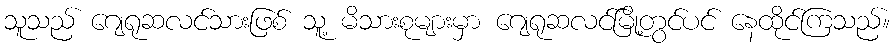
သူသည် ဂျေရုဆလင်သားဖြစ် သူ့ မိသားစုများမှာ ဂျေရုဆလင်မြို့တွင်ပင် နေထိုင်ကြသည်။